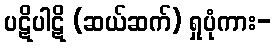
ပဋိပါဋိ (ဆယ်ဆက်) ရှုပုံကား-